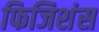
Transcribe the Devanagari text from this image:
फिजिशंस